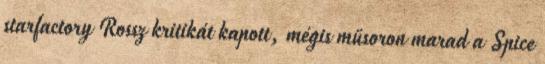
starfactory Rossz kritikát kapott, mégis műsoron marad a Spice